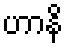
ဟာနိ